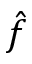
\hat { f }